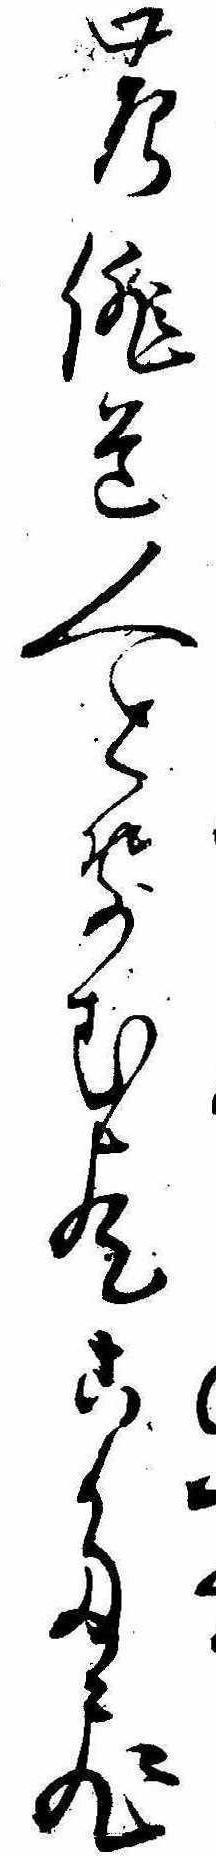
の俳道人とせん歟こたび